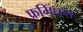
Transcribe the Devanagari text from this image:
फ्रमिंघम